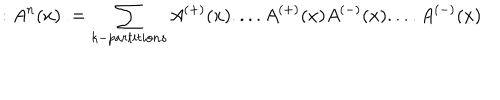
: A ^ { n } ( x ) : = \sum _ { k - p a r t i t i o n s } A ^ { \left( + \right) } ( x ) . . . . A ^ { \left( + \right) } ( x ) A ^ { \left( - \right) } ( x ) . . . . A ^ { \left( - \right) } ( x )